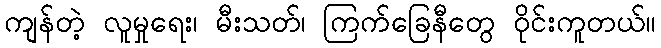
ကျန်တဲ့ လူမှုရေး၊ မီးသတ်၊ ကြက်ခြေနီတွေ ဝိုင်းကူတယ်။